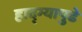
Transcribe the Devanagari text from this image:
हाद्ग्यापुढे